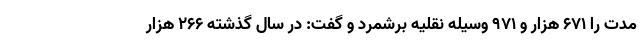
مدت را ۶۷۱ هزار و ۹۷۱ وسیله نقلیه برشمرد و گفت: در سال گذشته ۲۶۶ هزار